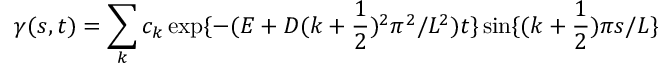
\gamma ( s , t ) = \sum _ { k } c _ { k } \exp \{ - ( E + D ( k + \frac { 1 } { 2 } ) ^ { 2 } \pi ^ { 2 } / L ^ { 2 } ) t \} \sin \{ ( k + \frac { 1 } { 2 } ) \pi s / L \}